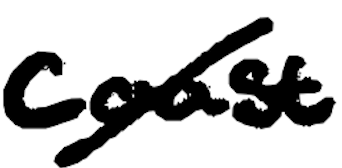
Text: Coast
Cross-out: mix
Writing tool: digital_black